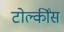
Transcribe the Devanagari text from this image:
टोल्कींस